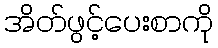
အိတ်ဖွင့်ပေးစာကို